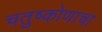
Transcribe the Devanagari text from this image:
चतुष्कोणाचा